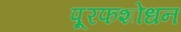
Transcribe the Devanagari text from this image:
पू्रफशोधन